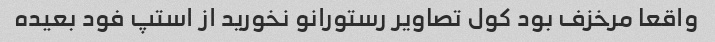
واقعا مرخزف بود کول تصاویر رستورانو نخورید از استپ فود بعیده